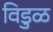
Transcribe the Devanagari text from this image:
विडुळ